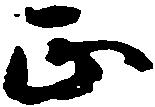
正